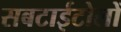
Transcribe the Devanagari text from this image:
सबटाईटोलों